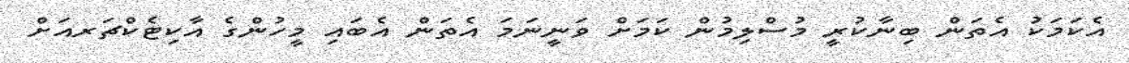
އެކަމަކު އެތަން ބިނާކުރީ މުސްލިމުން ކަމަށް ވަނީނަމަ އެތަން އެބައި މީހުންގެ އާކިޓެކްޗަރއަށް